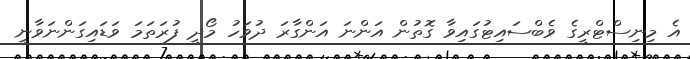
އެ މިނިސްޓްރީގެ ވެބްސައިޓުގައިވާ ގޮތުން އަންނަ އަންގާރަ ދުވަހު މޯދީ ފުރަތަމަ ވަޑައިގަންނަވާނީ